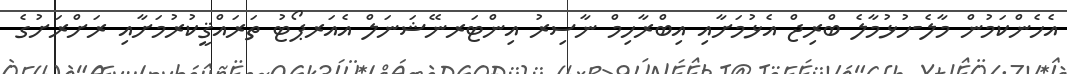
އެހެންކަމުން މާލެ-ހުޅުމާލެ ބްރިޖް އެޅުމަށާއި އިބްރާހިމް ނާސިރު އިންޓަރނޭޝަނަލް އެއަރޕޯޓު ތަރައްޤީކުރުމަށާއި ރަށްރަށުގެ